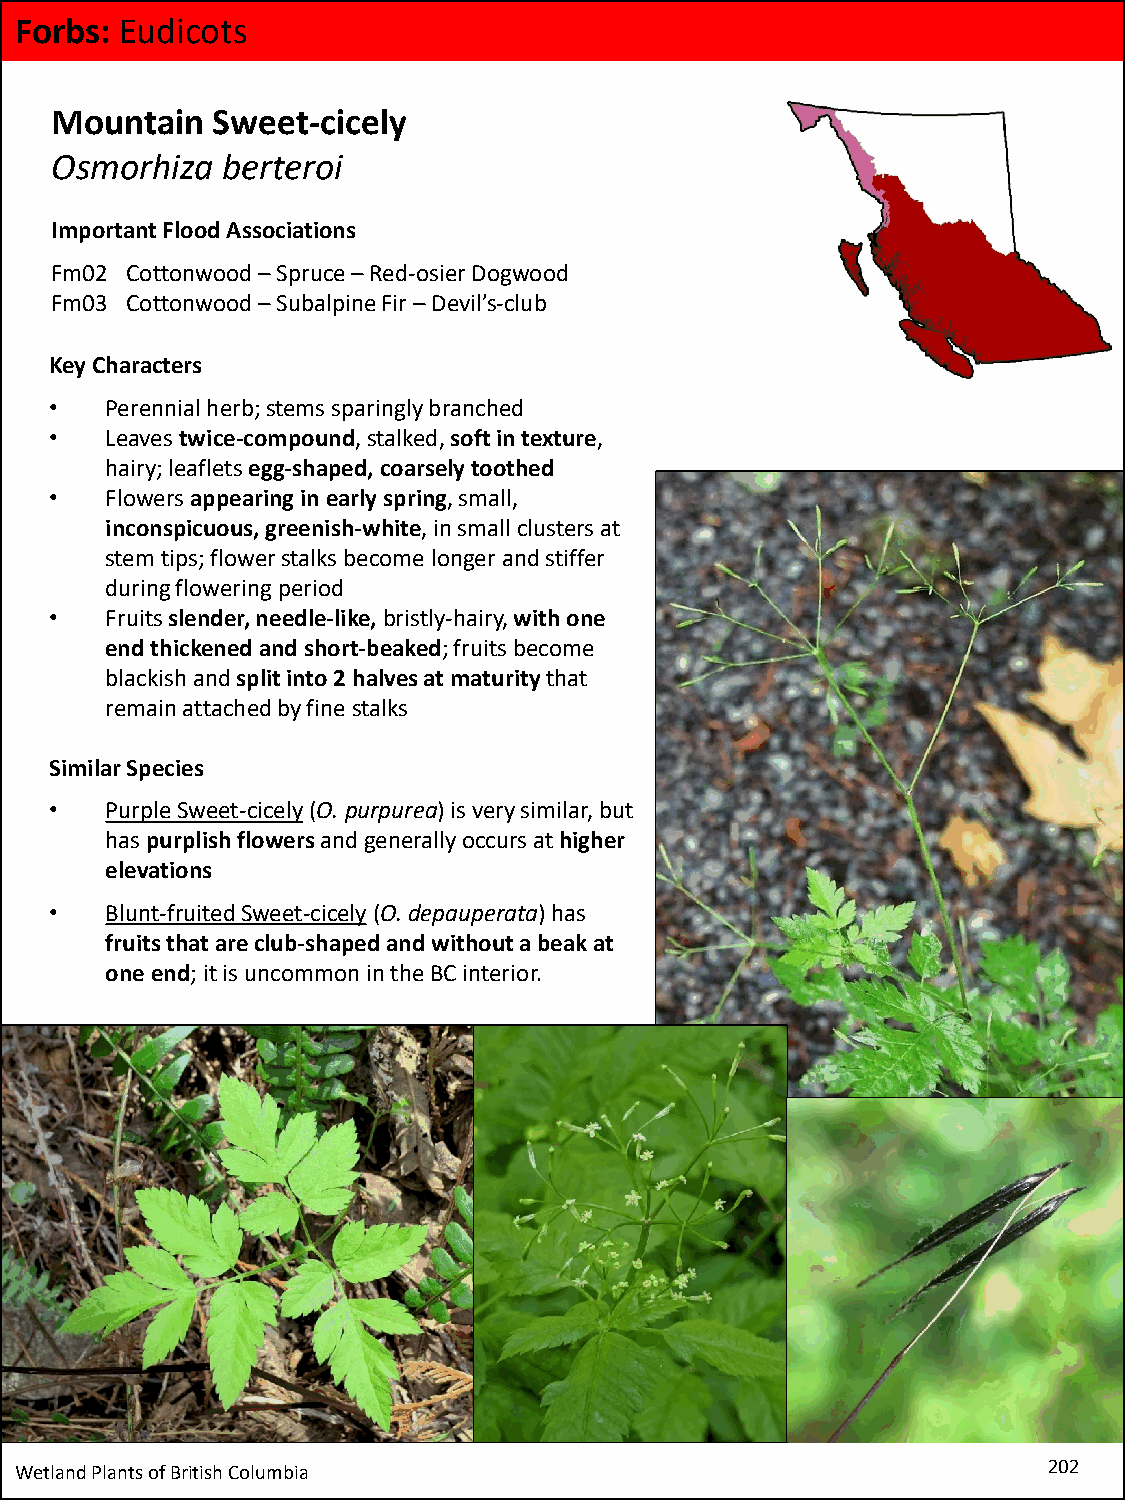
Forbs: Eudicots
 Mountain   Sweet-cicely
 Osmorhiza   berteroi
 Important Flood Associations
 Fm02 Cottonwood –Spruce –Red-osier Dogwood
 Fm03 Cottonwood –Subalpine Fir –Devil’s-club
 Key Characters
 •   Perennial herb; stems sparingly branched
 •   Leaves twice-compound, stalked, soft in texture,
 hairy; leaflets egg-shaped, coarsely toothed
 •   Flowers appearing in early spring, small,
 inconspicuous, greenish-white, in small clusters at
 stem tips; flower stalks become longer and stiffer
 during flowering period
 •   Fruitsslender, needle-like, bristly-hairy, with one
 end thickened and short-beaked; fruits become
 blackish and split into 2 halves at maturitythat
 remain attached by fine stalks
 Similar Species
 •   Purple Sweet-cicely(O. purpurea) is very similar, but
 has purplish flowers and generally occurs at higher
 elevations
 •   Blunt-fruited Sweet-cicely(O. depauperata) has
 fruits that are club-shaped and without a beak at
 one end; it is uncommon in the BC interior.
 Wetland Plants of British Columbia                                  202